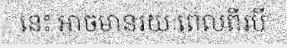
នេះ អាចមានរយៈពេលពីរបី